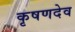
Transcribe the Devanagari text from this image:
कृषणदेव